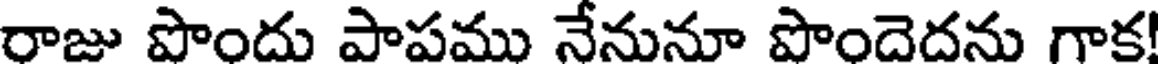
రాజు పొందు పాపము నేనునూ పొందెదను గాక!